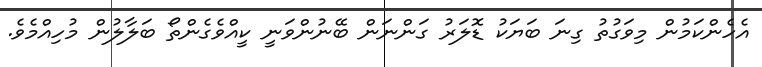
އެހެންކަމުން މިވަގުތު ގިނަ ބަޔަކު ޑޮލަރު ގަންނަން ބޭނުންވަނީ ކީއްވެގެންތޯ ބަލާލުން މުހިއްމެވެ.